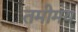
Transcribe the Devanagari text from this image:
तमोमय